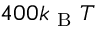
4 0 0 k _ { \mathrm { ~ B ~ } } T